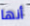
أنها